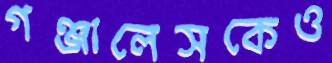
গঞ্জালেসকেও